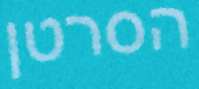
הסרטן